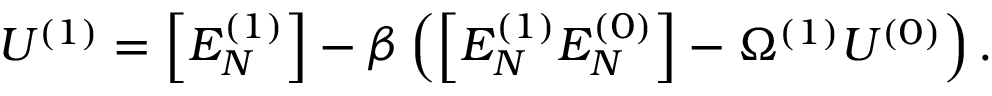
\begin{array} { r } { U ^ { ( 1 ) } = \left[ E _ { N } ^ { ( 1 ) } \right] - \beta \left( \left[ E _ { N } ^ { ( 1 ) } E _ { N } ^ { ( 0 ) } \right] - \Omega ^ { ( 1 ) } U ^ { ( 0 ) } \right) . } \end{array}